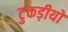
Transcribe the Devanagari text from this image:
टुकड़ीयों